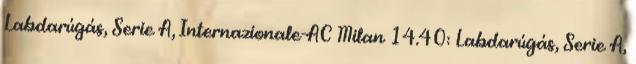
Labdarúgás, Serie A, Internazionale-AC Milan 14.40: Labdarúgás, Serie A,